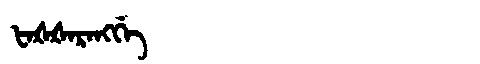
Manchu: ᡶᠠᡧᡧᠠᡵᠠᠩᡤᡝ
Romanization: FAŠŠARANGGE